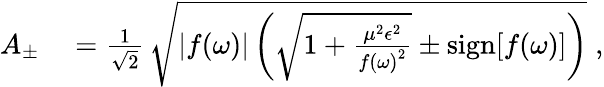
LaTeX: \begin{array}{rl}{A_{\pm}}&{{}=\frac{1}{\sqrt{2}}\, \sqrt{\left|f(\omega)\right|\left(\sqrt{1+\frac{\mu^{2}\epsilon^{2}}{{f(\omega)}^{2}}}\pm\mathrm{sign}[f(\omega)]\right)}\; ,}\end{array}